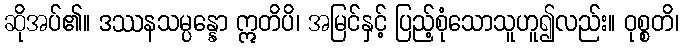
ဆိုအပ်၏။ ဒဿနသမ္ပန္နော ဣတိပိ၊ အမြင်နှင့် ပြည့်စုံသောသူဟူ၍လည်း။ ဝုစ္စတိ၊